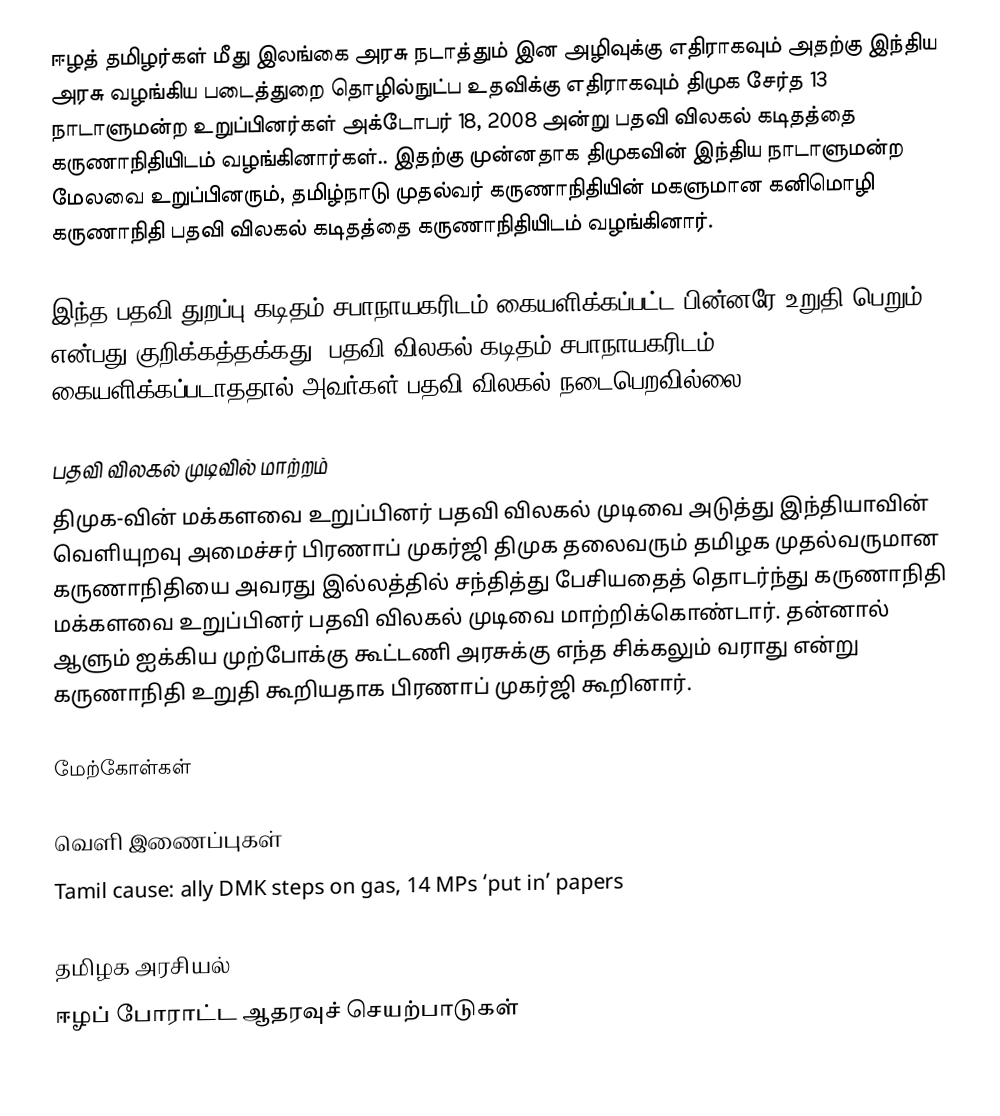
ஈழத் தமிழர்கள் மீது இலங்கை அரசு நடாத்தும் இன அழிவுக்கு எதிராகவும் அதற்கு இந்திய அரசு வழங்கிய படைத்துறை தொழில்நுட்ப உதவிக்கு எதிராகவும் திமுக சேர்த 13 நாடாளுமன்ற உறுப்பினர்கள் அக்டோபர் 18, 2008 அன்று பதவி விலகல் கடிதத்தை கருணாநிதியிடம் வழங்கினார்கள்.. இதற்கு முன்னதாக திமுகவின் இந்திய நாடாளுமன்ற மேலவை உறுப்பினரும், தமிழ்நாடு முதல்வர் கருணாநிதியின் மகளுமான கனிமொழி கருணாநிதி பதவி விலகல் கடிதத்தை கருணாநிதியிடம் வழங்கினார்.

இந்த பதவி துறப்பு கடிதம் சபாநாயகரிடம் கையளிக்கப்பட்ட பின்னரே உறுதி பெறும் என்பது குறிக்கத்தக்கது. பதவி விலகல் கடிதம் சபாநாயகரிடம் கையளிக்கப்படாததால் அவர்கள் பதவி விலகல் நடைபெறவில்லை.

பதவி விலகல் முடிவில் மாற்றம்
திமுக-வின் மக்களவை உறுப்பினர் பதவி விலகல் முடிவை அடுத்து இந்தியாவின் வெளியுறவு அமைச்சர் பிரணாப் முகர்ஜி திமுக தலைவரும் தமிழக முதல்வருமான கருணாநிதியை அவரது இல்லத்தில் சந்தித்து பேசியதைத் தொடர்ந்து கருணாநிதி மக்களவை உறுப்பினர் பதவி விலகல் முடிவை மாற்றிக்கொண்டார். தன்னால் ஆளும் ஐக்கிய முற்போக்கு கூட்டணி அரசுக்கு எந்த சிக்கலும் வராது என்று கருணாநிதி உறுதி கூறியதாக பிரணாப் முகர்ஜி கூறினார்.

மேற்கோள்கள்

வெளி இணைப்புகள்
 Tamil cause: ally DMK steps on gas, 14 MPs ‘put in’ papers

தமிழக அரசியல்
ஈழப் போராட்ட ஆதரவுச் செயற்பாடுகள்